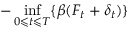
- \operatorname* { i n f } _ { 0 \leqslant t \leqslant T } \{ \beta ( F _ { t } + \delta _ { t } ) \}